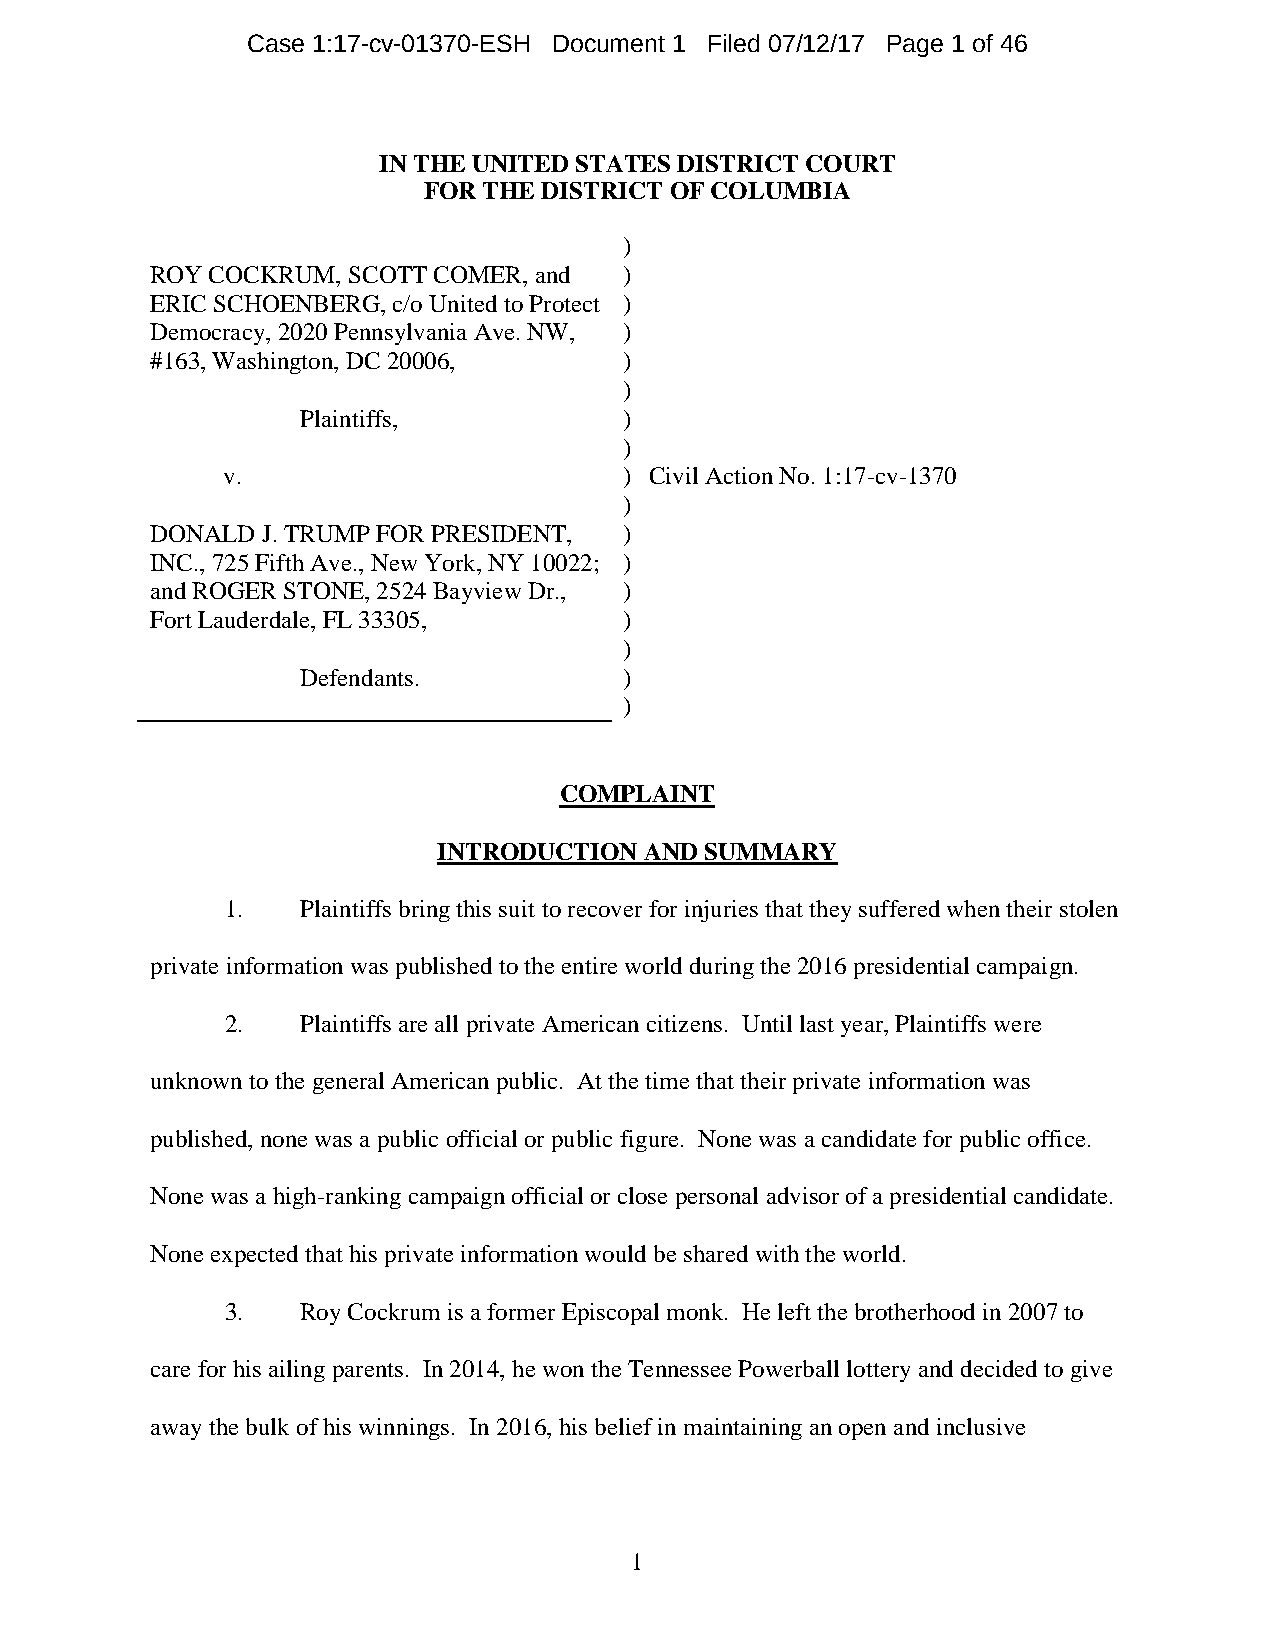
Case 1:17-cv-01370-ESH Document 1 Filed 07/12/17 Page 1 of 46
 IN THE UNITED STATES DISTRICT COURT
 FOR THE DISTRICT OF COLUMBIA
 )
 ROY COCKRUM, SCOTT COMER, and  )
 ERIC SCHOENBERG, c/o United to Protect )
 Democracy, 2020 Pennsylvania Ave. NW, )
 #163, Washington, DC 20006,    )
 )
 Plaintiffs,          )
 )
 v.                        ) Civil Action No. 1:17-cv-1370
 )
 DONALD J. TRUMP FOR PRESIDENT, )
 INC., 725 Fifth Ave., New York, NY 10022; )
 and ROGER STONE, 2524 Bayview Dr., )
 Fort Lauderdale, FL 33305,     )
 )
 Defendants.          )
 )
 COMPLAINT
 INTRODUCTION  AND SUMMARY
 1.   Plaintiffs bring this suit to recover for injuries that they suffered when their stolen
 private information was published to the entire world during the 2016 presidential campaign.
 2.   Plaintiffs are all private American citizens. Until last year, Plaintiffs were
 unknown to the general American public. At the time that their private information was
 published, none was a public official or public figure. None was a candidate for public office.
 None was a high-ranking campaign official or close personal advisor of a presidential candidate.
 None expected that his private information would be shared with the world.
 3.   Roy Cockrum is a former Episcopal monk. He left the brotherhood in 2007 to
 care for his ailing parents. In 2014, he won the Tennessee Powerball lottery and decided to give
 away the bulk of his winnings. In 2016, his belief in maintaining an open and inclusive
 1